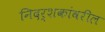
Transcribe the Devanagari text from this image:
निदर्शकांवरील